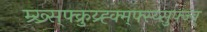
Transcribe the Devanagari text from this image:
म्र्ख्र्स्फ्क्रुय्र्ह्क्म्फ्स्य्सुफ्ज्व्